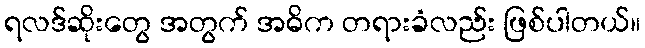
ရလဒ်ဆိုးတွေ အတွက် အဓိက တရားခံလည်း ဖြစ်ပါတယ်။